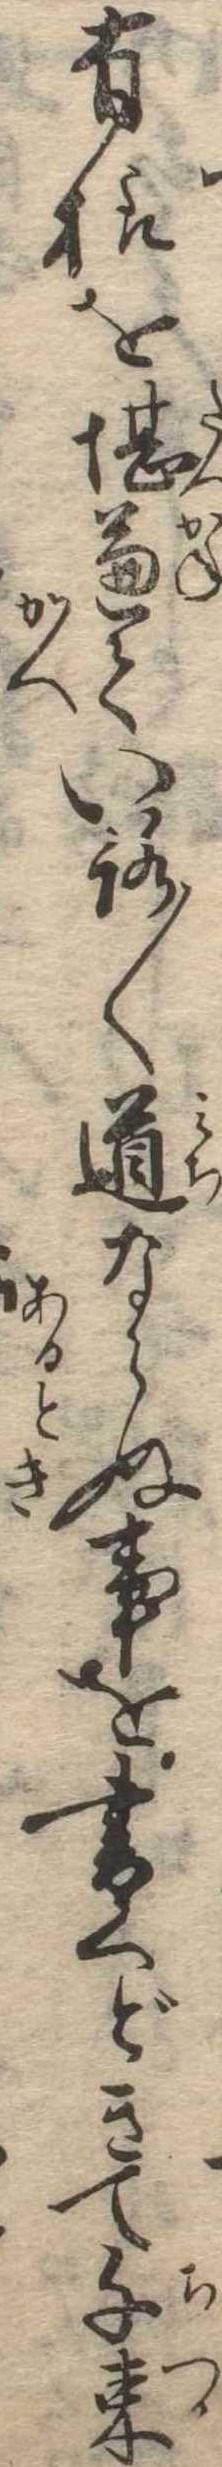
有様を堪兼ていろ〱道ならぬ事を書くどきて千束